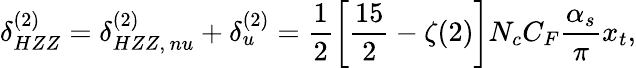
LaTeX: \delta_{HZZ}^{(2)}=\delta_{HZZ,\, nu}^{(2)}+\delta_{u}^{(2)}=\frac{1}{2}\left[\frac{15}{2}-\zeta(2)\right]N_{c}C_{F}\frac{\alpha_{s}}{\pi}x_{t},